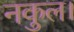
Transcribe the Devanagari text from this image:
नकुल।